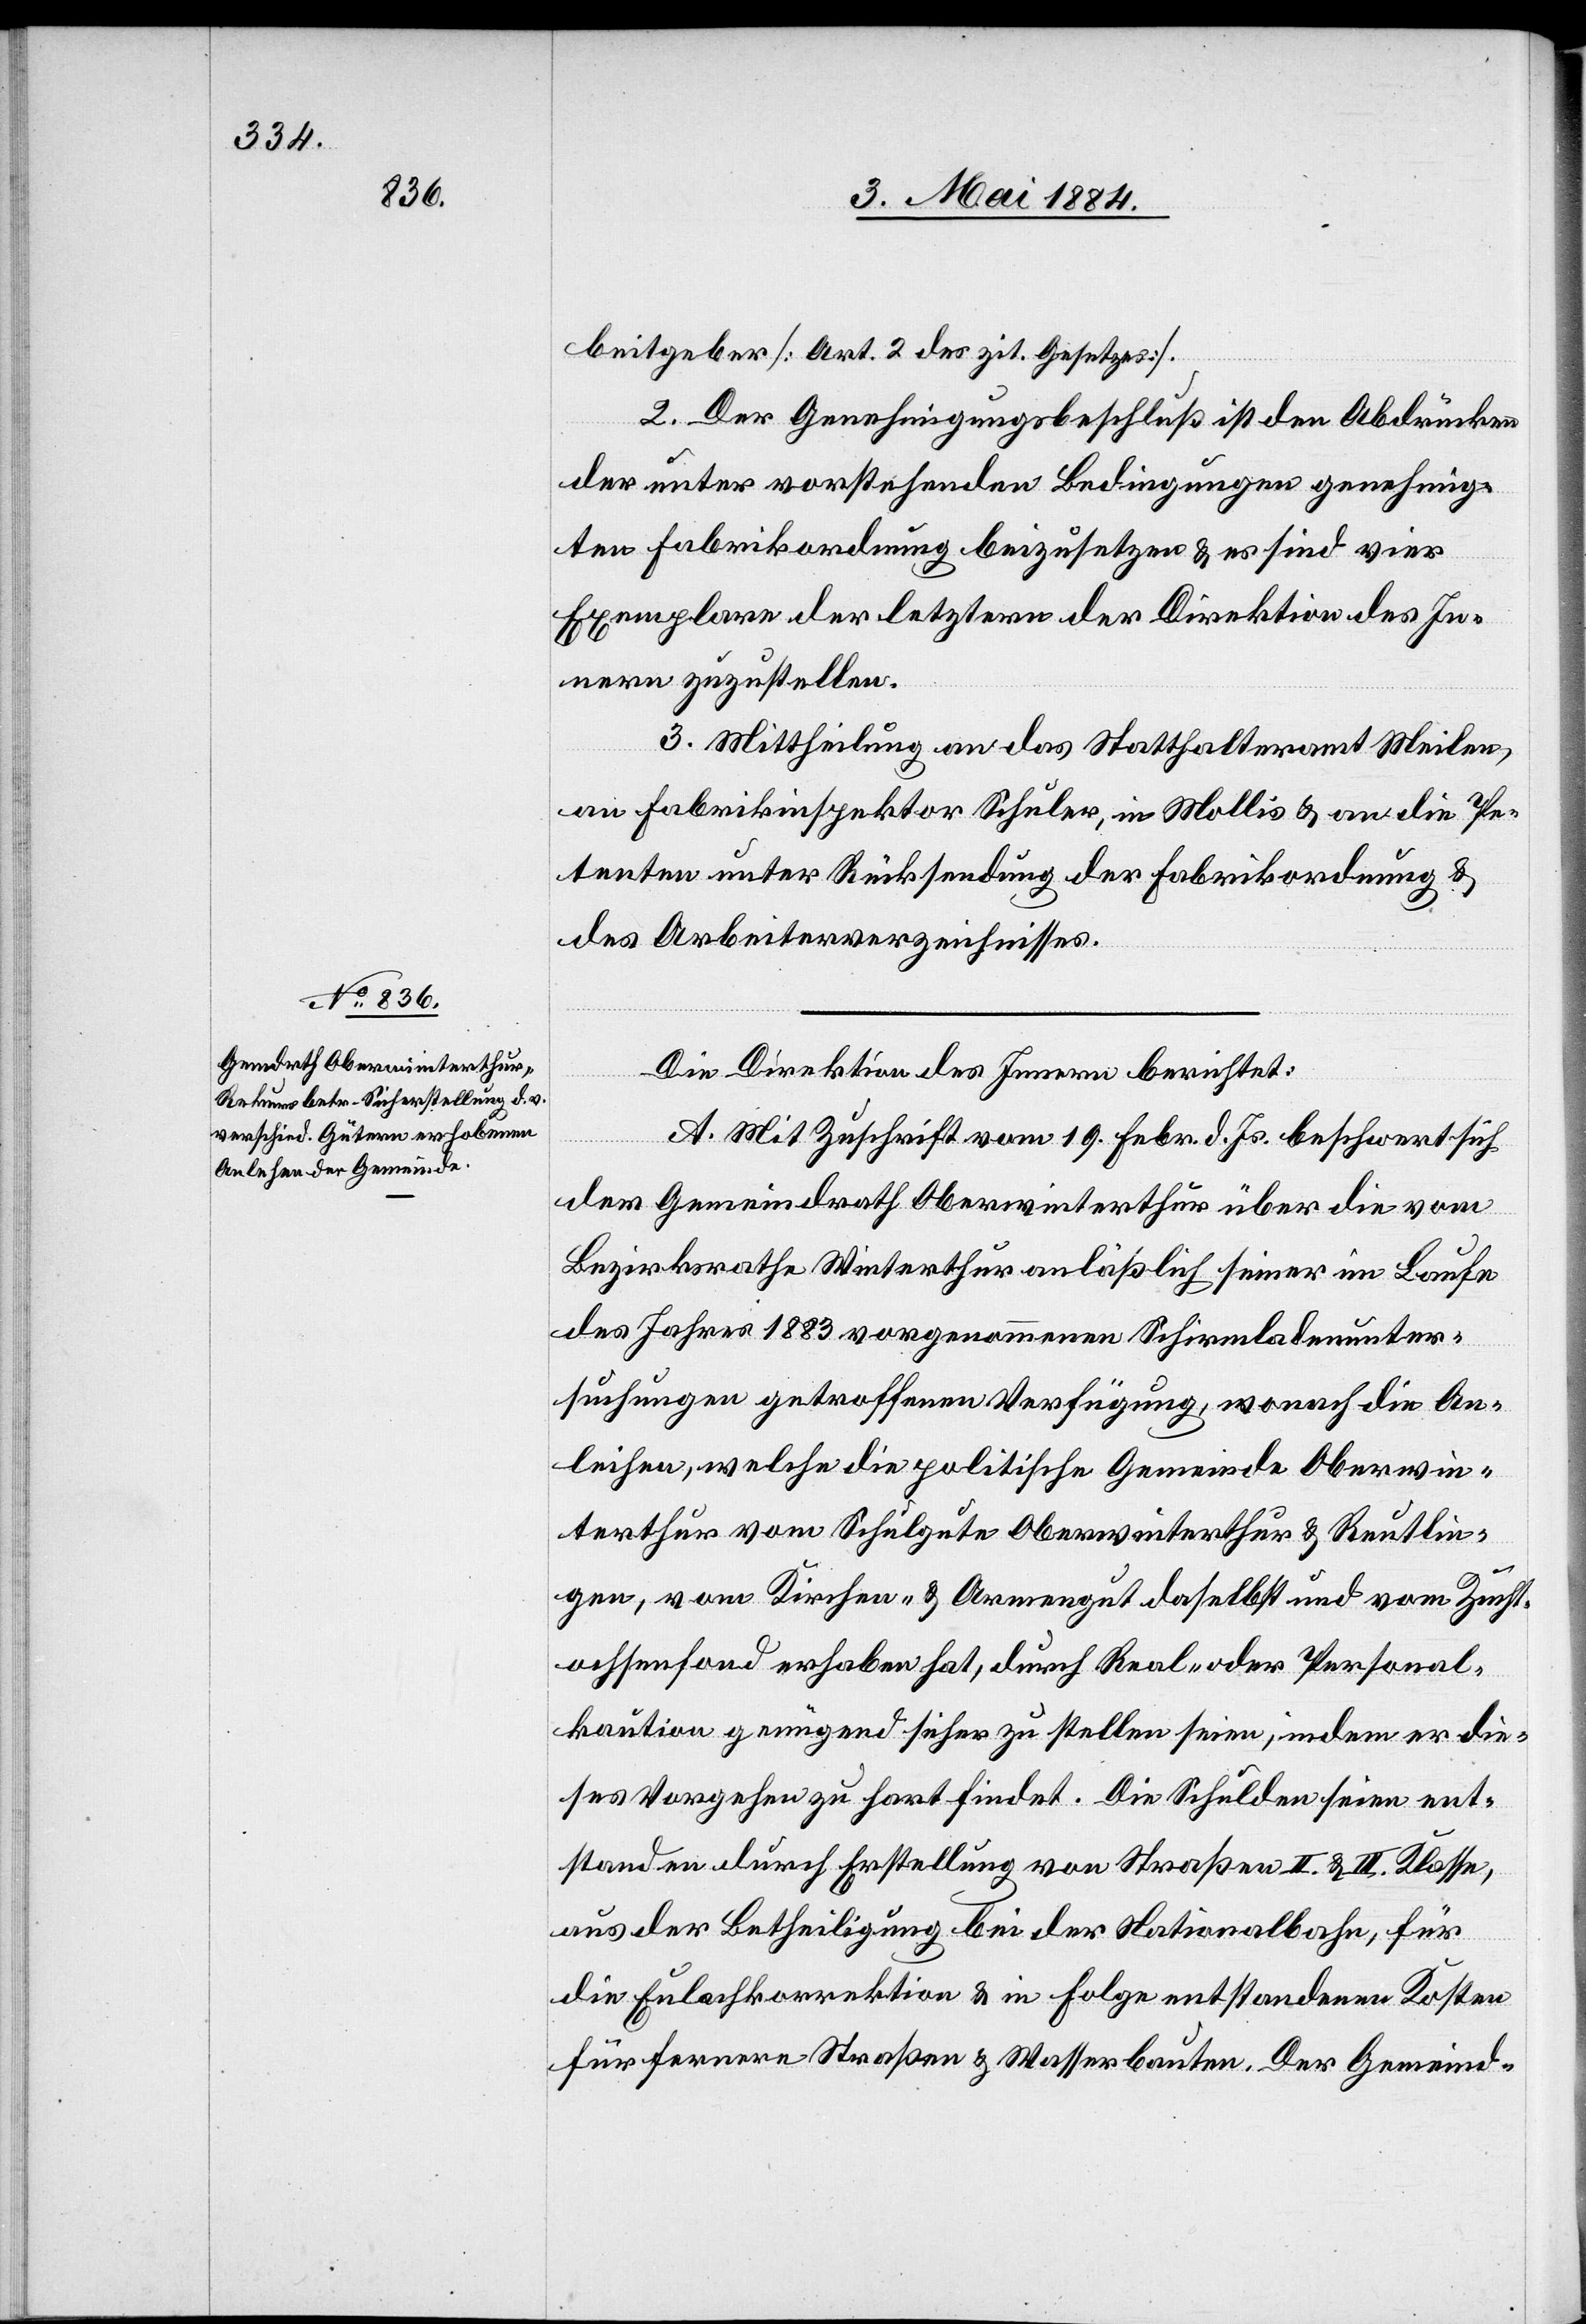
beitgeber [Art. 2 des zit. Gesetzes].
2. Der Genehmigungsbeschluß ist den Abdrücken
der unter vorstehenden Bedingungen genehmig¬
ten Fabrikordnung beizusetzen & es sind vier
Exemplare der letztern der Direktion des In¬
nern zuzustellen.
3. Mittheilung an das Statthalteramt Meilen,
an Fabrikinspektor Schuler, in Mollis & an die Pe¬
tenten unter Rücksendung der Fabrikordnung &
des Arbeiterverzeichnisses.
Die Direktion des Innern berichtet:
A. Mit Zuschrift vom 19. Febr. d. Js. beschwert sich
der Gemeindrath Oberwinterthur über die vom
Bezirksrathe Winterthur anläßlich seiner im Laufe
des Jahres 1883 vorgenommene Schirmladenunter¬
suchungen getroffene Verfügung, wonach die An¬
leihen, welche die politische Gemeinde Oberwin¬
terthur vom Schulgute Oberwinterthur & Reutlin¬
gen, vom Kirchen- & Armengut daselbst und vom Zucht¬
ochsenfond erhoben hat, durch Real- oder Personal¬
kaution genügend sicher zu stellen seien, indem er die¬
ses Vorgehen zu hart findet. Die Schulden seien ent¬
standen durch Erstellung von Straßen II. & III. Klasse,
aus der Betheiligung bei der Nationalbahn, für
die Eulachkorrektion & in Folge entstandenen Kosten
für fernere Straßen & Wasserbauten. Der Gemeind-